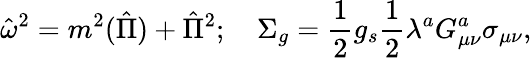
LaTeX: {\hat{\omega}}^{2}=m^{2}({\hat{\Pi}})+{\hat{\Pi}}^{2};\quad\Sigma_{g}={\frac{1}{2}}g_{s}{\frac{1}{2}}\lambda^{a}G_{\mu\nu}^{a}\sigma_{\mu\nu},